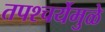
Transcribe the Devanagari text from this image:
तपश्‍चर्येमुळे